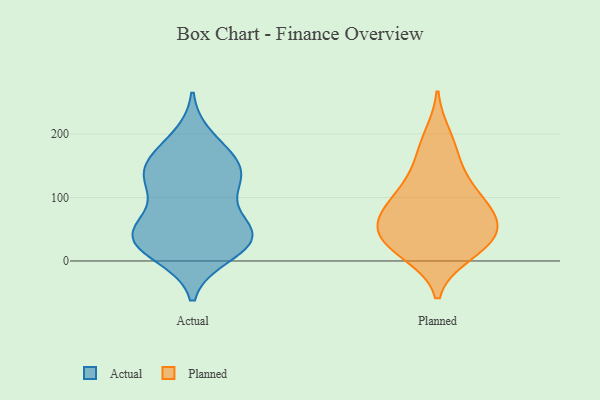
{"axis": {"x": "Tickets Resolved", "y": "Value"}, "legend": ["Actual", "Planned"], "data": [{"x": "", "y": 42, "type": "Actual"}, {"x": "", "y": 169, "type": "Actual"}, {"x": "", "y": 47, "type": "Actual"}, {"x": "", "y": 138, "type": "Actual"}, {"x": "", "y": 20, "type": "Actual"}, {"x": "", "y": 119, "type": "Actual"}, {"x": "", "y": 121, "type": "Actual"}, {"x": "", "y": 41, "type": "Actual"}, {"x": "", "y": 156, "type": "Actual"}, {"x": "", "y": 22, "type": "Actual"}, {"x": "", "y": 193, "type": "Actual"}, {"x": "", "y": 64, "type": "Actual"}, {"x": "", "y": 125, "type": "Actual"}, {"x": "", "y": 149, "type": "Actual"}, {"x": "", "y": 52, "type": "Actual"}, {"x": "", "y": 10, "type": "Actual"}, {"x": "", "y": 35, "type": "Actual"}, {"x": "", "y": 139, "type": "Planned"}, {"x": "", "y": 85, "type": "Planned"}, {"x": "", "y": 82, "type": "Planned"}, {"x": "", "y": 59, "type": "Planned"}, {"x": "", "y": 117, "type": "Planned"}, {"x": "", "y": 36, "type": "Planned"}, {"x": "", "y": 45, "type": "Planned"}, {"x": "", "y": 39, "type": "Planned"}, {"x": "", "y": 71, "type": "Planned"}, {"x": "", "y": 10, "type": "Planned"}, {"x": "", "y": 169, "type": "Planned"}, {"x": "", "y": 35, "type": "Planned"}, {"x": "", "y": 11, "type": "Planned"}, {"x": "", "y": 97, "type": "Planned"}, {"x": "", "y": 198, "type": "Planned"}]}